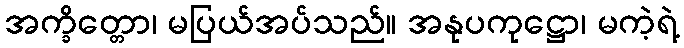
အက္ခိတ္တော၊ မပြယ်အပ်သည်။ အနုပကုဋ္ဌော၊ မကဲ့ရဲ့